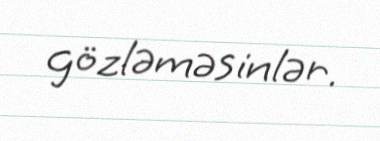
gözləməsinlər.